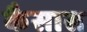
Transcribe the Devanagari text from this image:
कैसास